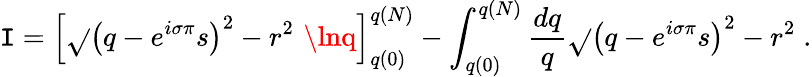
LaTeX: \mathtt{I}=\left[\sqrt{}{{\left(q-e^{i\sigma\pi}s\right)^{2}-r^{2}}}\, \, \lnq\right]_{q(0)}^{q(N)}-\int_{q(0)}^{q(N)}\frac{{dq}}{{q}}\sqrt{}{{\left(q-e^{i\sigma\pi}s\right)^{2}-r^{2}}}\; .